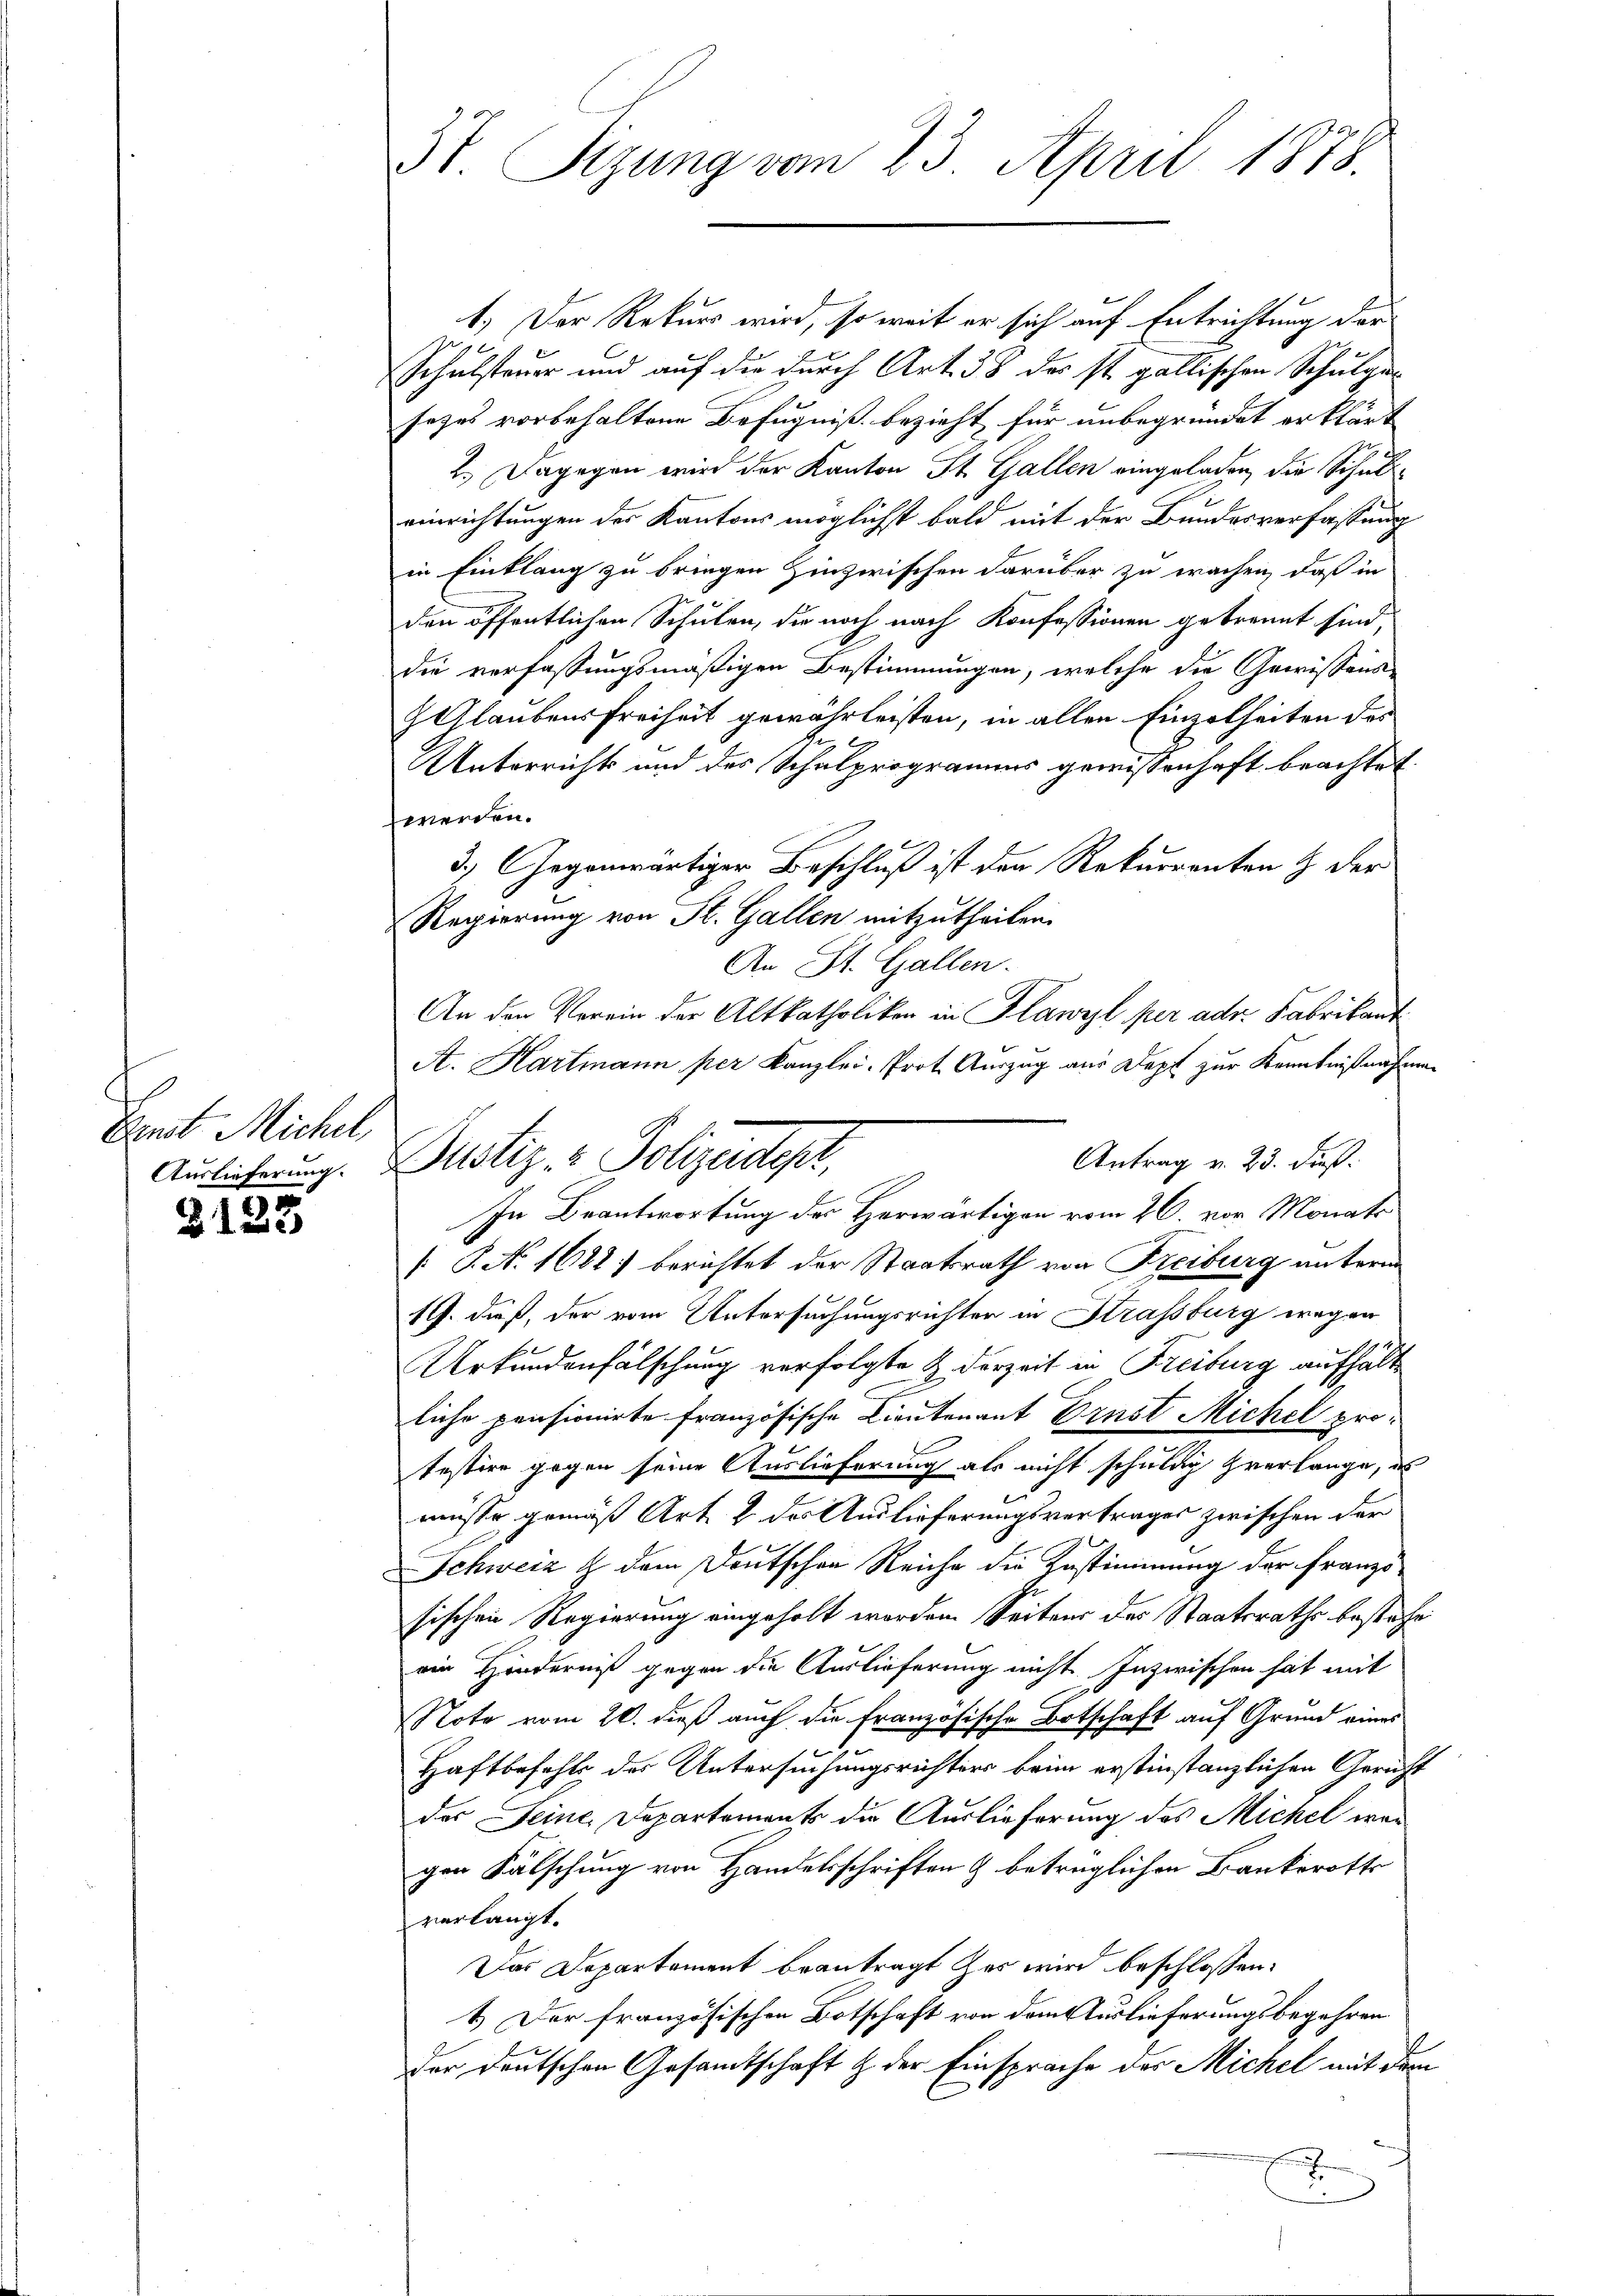
Emnt Michel

§123

3t. Sizung vom 23. April 1878.

1.) Der Rekurs wird, so weit er sich auf Entrichtung der
Schulsteuer und auf die durch Art. 38 des st. gallischen Schulgesezes vorbehaltene Befugniß bezieht, für unbegründet erklärt
2.) Dagegen wird der Kanton St. Gallen eingeladen, die Schuleinrichtungen des Kantons möglichst bald mit der Bundesverfassung
in Einklang zu bringen hinzwischen darüber zu wachen, daß in
g
den öffentlichen Schulen, die noch nach Konfessionen gebrannt sind,
die verfassungsmäßigen Bestimmungen, welche die Gewissens
 Glaubensfreiheit gewährleisten, in allen Einzelheiten des
Unterrichts und des Schulprogramms gewissenhaft beachtet
werden.
3.) Gegenwärtiger Beschluß ist den Rekurrenten & der
Regierung von St. Gallen mitzutheilen.
An St. Gallen.
An den Verein der Altkatholiken in Klawyl per adr. Fabrikant
A. Hartmann per Kanzlei- Prot. Auszug aus Dept zur Kenntnißnahmen
Antrag v. 23. dieß.
In Beantwortung der Herwärtigen vom 26. vor Monats
[ P. N. 1682 berichtet der Staatsrath von Freiburg unterne
19. dieß, der vom Untersuchungsrichter in Strassburg wegen
Urkundenfälschung verfolgte & derzeit in Freiburg aufhalte
liche pensionirte französische Lieutenant Ernst Michel protestire gegen seine Auslieferung als nicht schuldig verlange, is
müsse gemäß Art. 2 des Auslieferungsvertrages zwischen der
Schweiz & dem Deutschen Reiche die Zustimmung der Französischen Regierung eingeholt worden Seitens des Staatsrathe bestehe
oin Hinderniß gegen die Auslieferung nicht Inzwischen hat mit
Note vom 20. dieß auch die Französische Botschaft auf Grund eines
Haftbefehls des Untersuchungsrichters beim erstinstanzlichen Gericht
des Deine Departements die Auslieferung des Michel wegen Fälschung von Handelsschriften & betrüglichen Bankerotts
verlangt.
Das Departement beantragt zur wird beschlossen:
1.) Der französischen Botschaft von dem Auslieferungsbegehren
Der Deutschen Gesamtschaft & der Einsprache der Michel mit dem
h

Auslicherung. Justiz- & Polizeidept,